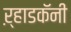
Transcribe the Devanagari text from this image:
ऱ्हाडकॅनी